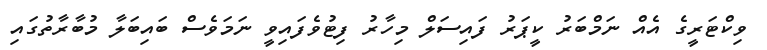
ވިކްޓަރީގެ އެއް ނަމްބަރު ކީޕަރު ފައިސަލް މިހާރު ފިޓުވެފައިވީ ނަމަވެސް ބައިބަލާ މުބާރާތުގައި